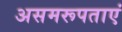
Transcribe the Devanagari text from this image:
असमरूपताएं